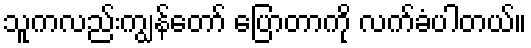
သူကလည်းကျွန်တော် ပြောတာကို လက်ခံပါတယ်။